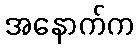
အနောက်က